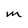
Character: m